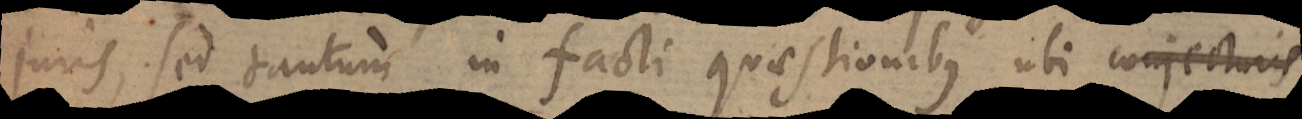
juris, sed tantum in facti quaestionibus ubi